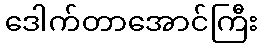
ဒေါက်တာအောင်ကြီး